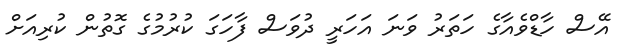
އޭސް ހާޑްވެއާގެ ހަތަރު ވަނަ އަހަރީ ދުވަސް ފާހަގަ ކުރުމުގެ ގޮތުން ކުރިއަށް